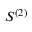
S ^ { ( 2 ) }